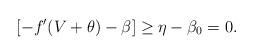
LaTeX: \begin{align*}[-f'(V+\theta)-\beta]\geq \eta-\beta_0=0.\end{align*}